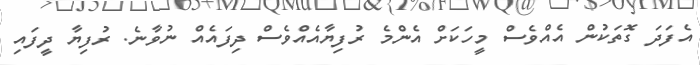
އެފަދަ ގޮތަކުން އެއްވެސް މީހަކަށް އެންމެ ރުފިޔާއެއްވެސް ދިފައެއް ނުވާނެ. ރުފިޔާ ދީފައި